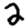
Digit: 2